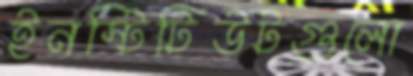
ইনস্টিটিউটগুলো